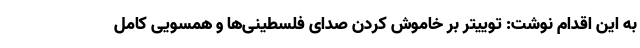
به این اقدام نوشت: توییتر بر خاموش کردن صدای فلسطینی‌ها و همسویی کامل